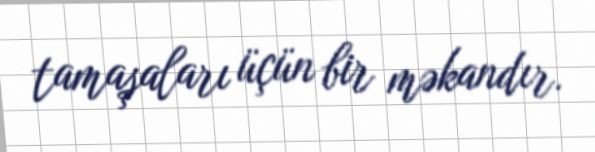
tamaşaları üçün bir məkandır.